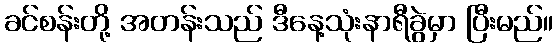
ခင်စန်းတို့ အတန်းသည် ဒီနေ့သုံးနာရီခွဲမှာ ပြီးမည်။